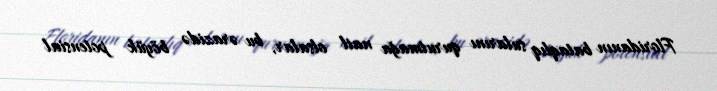
Floridanın bataqlıq sularını qurutmağa nail olsalar, bu ərazidə böyük potensial